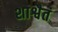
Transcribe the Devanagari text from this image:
शाश्वैतं